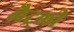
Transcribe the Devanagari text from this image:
लैट्रली